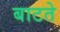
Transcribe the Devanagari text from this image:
बाटते